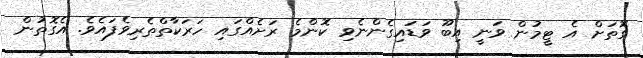
ގޮތަށް އެ ޓީމުން ވަނީ އިބޫ ވަޑައިގެންނެވި ކޮންމެ ރަށެއްގައި ހަރަކާތްތެރިވެފައެވެ. އެގޮތުން